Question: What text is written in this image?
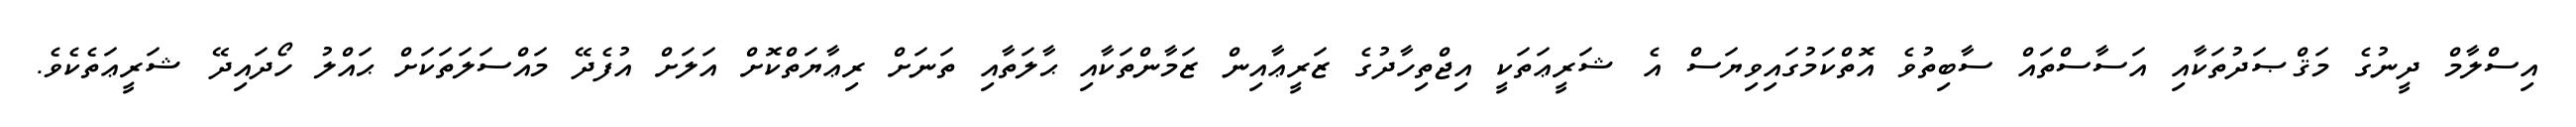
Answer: އިސްލާމް ދީނުގެ މަޤްޞަދުތަކާއި އަސާސްތައް ސާބިތުވެ އޮތްކަމުގައިވިޔަސް އެ ޝަރީޢަތަކީ އިޖްތިހާދުގެ ޒަރީޢާއިން ޒަމާންތަކާއި ޙާލަތާއި ތަނަށް ރިޢާޔަތްކޮށް އަލަށް އުފެދޭ މައްސަލަތަކަށް ޙައްލު ހޯދައިދޭ ޝަރީޢަތެކެވެ.